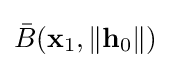
{\bar {B}}(\mathbf {x} _{1},\|\mathbf {h} _{0}\|)